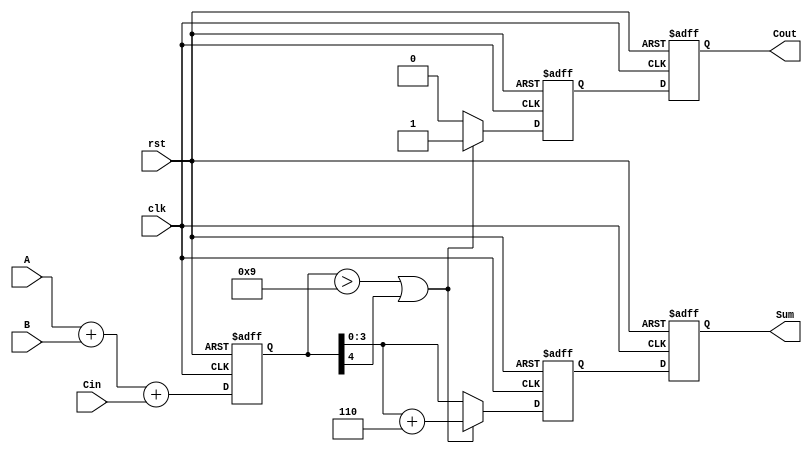
module bcd_pipelined_adder (
    input wire clk,
    input wire rst,
    input wire [3:0] A,       // BCD digit A
    input wire [3:0] B,       // BCD digit B
    input wire Cin,           // Carry-in for multi-digit addition
    output reg [3:0] Sum,     // Corrected BCD sum
    output reg Cout           // Carry-out for multi-digit addition
);

    // Intermediate signals
    reg [4:0] raw_sum;        // Raw sum from the binary adder
    reg [4:0] corrected_sum;  // Corrected sum after BCD correction
    reg carry_out;            // Carry-out from the BCD correction

    // Stage 1: Binary Adder
    always @(posedge clk or posedge rst) begin
        if (rst) begin
            raw_sum <= 5'b0;
        end else begin
            raw_sum <= A + B + Cin; // Perform binary addition
        end
    end

    // Stage 2: BCD Correction Logic
    always @(posedge clk or posedge rst) begin
        if (rst) begin
            corrected_sum <= 5'b0;
            carry_out <= 1'b0;
        end else begin
            // Check if correction is needed
            if (raw_sum > 5'b01001 || raw_sum[4]) begin // > 9 or carry-out from 4-bit adder
                corrected_sum <= raw_sum + 5'b00110; // Add 6
                carry_out <= 1'b1; // Set carry-out
            end else begin
                corrected_sum <= raw_sum;
                carry_out <= 1'b0; // No carry-out
            end
        end
    end

    // Stage 3: Output Stage
    always @(posedge clk or posedge rst) begin
        if (rst) begin
            Sum <= 4'b0;
            Cout <= 1'b0;
        end else begin
            Sum <= corrected_sum[3:0]; // Output the lower 4 bits
            Cout <= carry_out;          // Output carry-out
        end
    end

endmodule